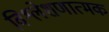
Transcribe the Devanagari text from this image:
विश्लेशणात्मक